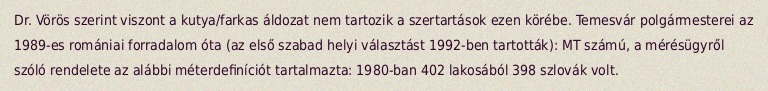
Dr. Vörös szerint viszont a kutya/farkas áldozat nem tartozik a szertartások ezen körébe. Temesvár polgármesterei az 1989-es romániai forradalom óta (az első szabad helyi választást 1992-ben tartották): MT számú, a mérésügyről szóló rendelete az alábbi méterdefiníciót tartalmazta: 1980-ban 402 lakosából 398 szlovák volt.